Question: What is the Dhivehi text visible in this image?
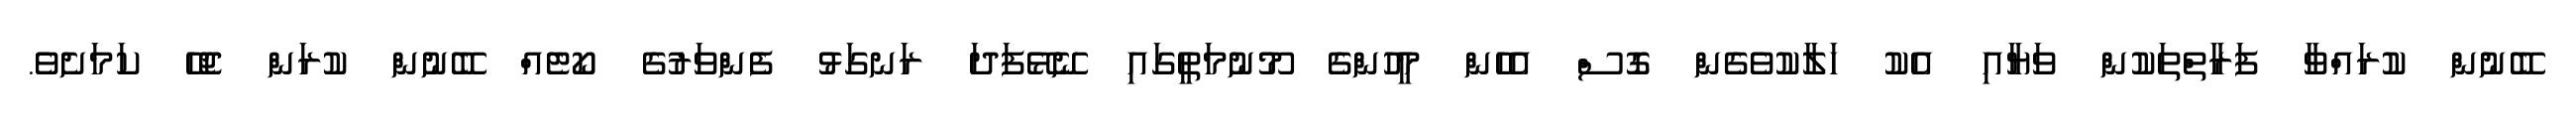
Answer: ބޭނުން ކުރައްވާ ފަރާތްތަކުން ވަޔާއި އެކު ހަލާކުވެގެން ގޮސް އެހެން މީހުންގެ މޫނުމަތީގައި ނޭޅޭފަދަ ރަނގަޅު ފެންވަރުގެ ކޯޓެއް ބޭނުން ކުރަން ޖެހޭ ކަމަށެވެ.